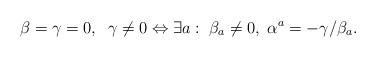
LaTeX: \begin{align*}\beta=\gamma=0,\;\;\gamma\neq0\Leftrightarrow\exists a:\;\beta_a\neq0,\;\alpha^a= -\gamma/\beta_a.\end{align*}